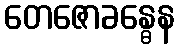
တေဇောခန္ဓေန